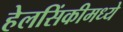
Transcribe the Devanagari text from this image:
हेलसिंकीमध्ये